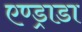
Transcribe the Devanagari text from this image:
एण्ड्राडा